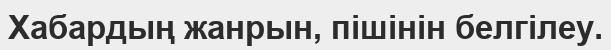
Хабардың жанрын, пішінін белгілеу.